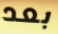
بعد